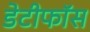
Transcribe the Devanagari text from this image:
डेटीफाॅस